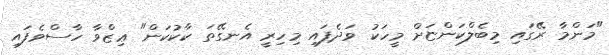
"މަންމާ ރޭގައި މިބެލްކަންޏަށް މީހަކު ވަދެފައި މިހިރީ އެނގޭތަ ކާކުކަން" ޢިޒްވާ ހާސްވެފައި